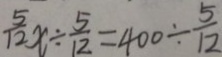
\frac { 5 } { 1 2 } x \div \frac { 5 } { 1 2 } = 4 0 0 \div \frac { 5 } { 1 2 }